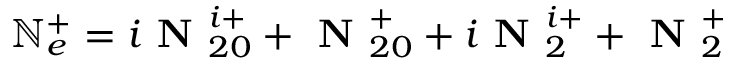
\mathbb { N } _ { e } ^ { + } = i \textbf { N } _ { 2 0 } ^ { i + } + \textbf { N } _ { 2 0 } ^ { + } + i \textbf { N } _ { 2 } ^ { i + } + \textbf { N } _ { 2 } ^ { + }